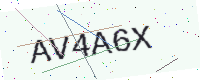
Text: AV4A6X